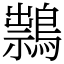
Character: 䳳